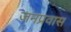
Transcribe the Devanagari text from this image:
जनप्रवास